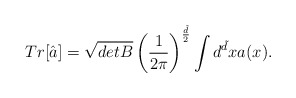
\begin{align*}Tr[\hat{a}] =\sqrt{detB} \left(\frac{1}{2\pi} \right)^{\frac{\tilde{d}}{2}}\int d^{\tilde{d}}x a(x) .\end{align*}